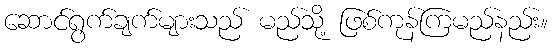
ဆောင်ရွက်ချက်များသည် မည်သို့ ဖြစ်ကုန်ကြမည်နည်း။